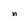
Character: n